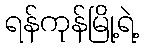
ရန်ကုန်မြို့ရဲ့